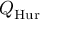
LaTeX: Q _ { \mathrm { H u r } }